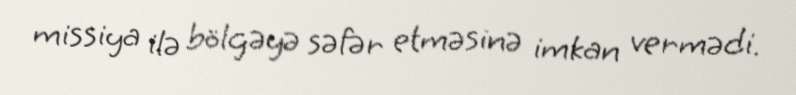
missiya ilə bölgəyə səfər etməsinə imkan vermədi.